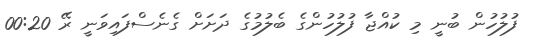
ފުލުހުން ބުނީ މި ކުއްޖާ ފުލުހުންގެ ބެލުމުގެ ދަށަށް ގެނެސްފައިވަނީ ރޭ 00:20